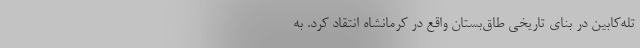
تله‌کابین در بنای تاریخی طاق‌بستان واقع در کرمانشاه انتقاد کرد. به